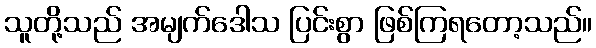
သူတို့သည် အမျက်ဒေါသ ပြင်းစွာ ဖြစ်ကြရတော့သည်။